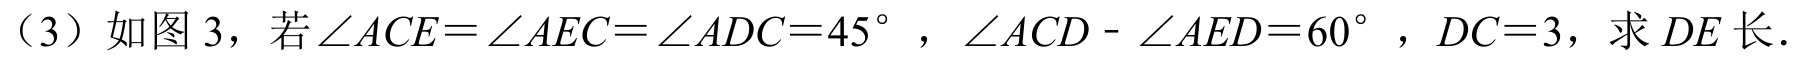
（3）如图3，若\(\angle ACE=\angle AEC=\angle ADC = 45^{\circ}\)，\(\angle ACD - \angle AED=60^{\circ}\)，\(DC = 3\)，求 \(DE\) 长.